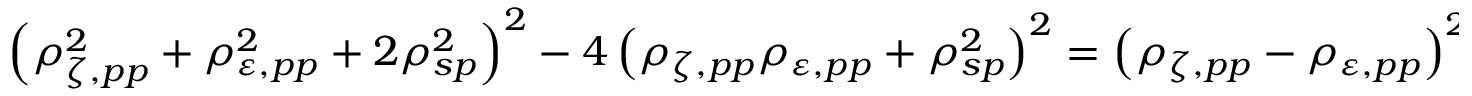
\begin{array} { r } { \left( \rho _ { \zeta , p p } ^ { 2 } + \rho _ { \varepsilon , p p } ^ { 2 } + 2 \rho _ { s p } ^ { 2 } \right) ^ { 2 } - 4 \left( \rho _ { \zeta , p p } \rho _ { \varepsilon , p p } + \rho _ { s p } ^ { 2 } \right) ^ { 2 } = \left( \rho _ { \zeta , p p } - \rho _ { \varepsilon , p p } \right) ^ { 2 } \left[ \left( \rho _ { \zeta , p p } + \rho _ { \varepsilon , p p } \right) ^ { 2 } + 4 \rho _ { s p } ^ { 2 } \right] \: , } \end{array}